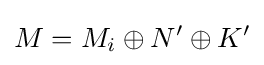
M=M_{i}\oplus N'\oplus K'